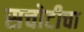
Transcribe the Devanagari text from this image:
सचोटीचा